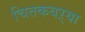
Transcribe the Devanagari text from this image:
चितकबऱ्या